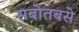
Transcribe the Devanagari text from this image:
सबोतबसे